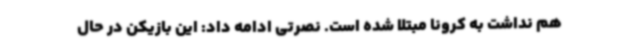
هم نداشت به کرونا مبتلا شده است. نصرتی ادامه داد: این بازیکن در حال